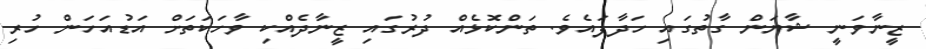
ޒީނާވަނީ ޝާޔަން ގާތުގައި ހަދާފައެވެ. ތަންކޮޅެއް ދުރުގައި ޒީނާދެއްކި ވާހަކަތަށް އަޑުއަހަން ހުރި